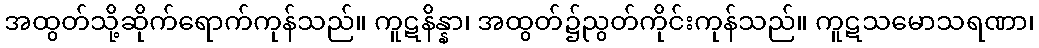
အထွတ်သို့ဆိုက်ရောက်ကုန်သည်။ ကူဋနိန္နာ၊ အထွတ်၌ညွတ်ကိုင်းကုန်သည်။ ကူဋသမောသရဏာ၊